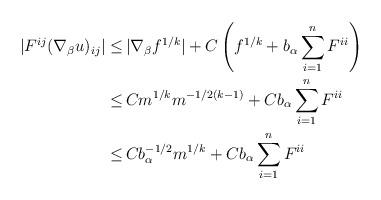
LaTeX: \begin{align*}\begin{aligned}|F^{ij} (\nabla_\beta u)_{ij}| \leq \,& |\nabla_\beta f^{1/k}| + C \left(f^{1/k} + b_\alpha \sum_{i=1}^n F^{ii}\right)\\ \leq \,& C m^{1/k} m^{-1/2(k-1)} + C b_\alpha \sum_{i=1}^n F^{ii}\\ \leq \,& C b_\alpha^{-1/2} m^{1/k} + C b_\alpha \sum_{i=1}^n F^{ii}\end{aligned}\end{align*}